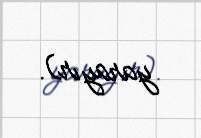
yarayır).